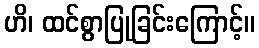
ဟိ၊ ထင်စွာပြုခြင်းကြောင့်။